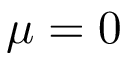
\mu = 0